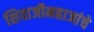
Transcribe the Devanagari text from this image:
शिवाजीमहाजांचे